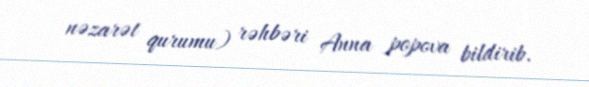
nəzarət qurumu) rəhbəri Anna popova bildirib.